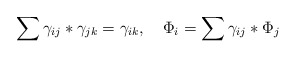
\begin{align*}\sum \gamma_{ij}*\gamma_{jk}=\gamma_{ik},\quad\Phi_i= \sum \gamma_{ij} * \Phi_j\end{align*}